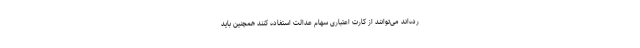
رده‌اند می‌توانند از کارت اعتباری سهام عدالت استفاده کنند همچنین باید